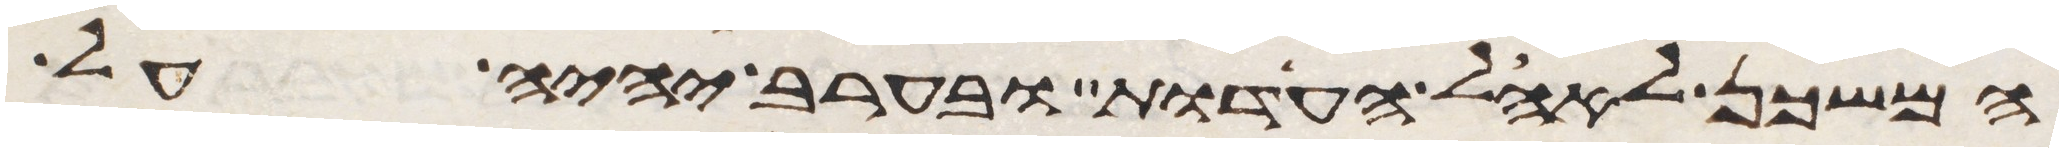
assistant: המשכן לאהל העדות ובערב יהיה על